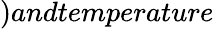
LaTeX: )andtemperature